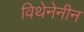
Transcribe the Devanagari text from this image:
विथेनेनीन